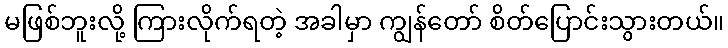
မဖြစ်ဘူးလို့ ကြားလိုက်ရတဲ့ အခါမှာ ကျွန်တော် စိတ်ပြောင်းသွားတယ်။